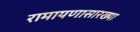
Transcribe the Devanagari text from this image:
रामायणासारख्या